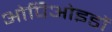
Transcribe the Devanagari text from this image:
ओपिओइडों